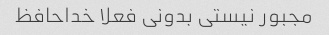
مجبور نیستی بدونی فعلا خداحافظ